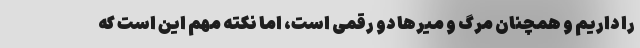
را داریم و همچنان مرگ و میرها دو رقمی است، اما نکته مهم این است که